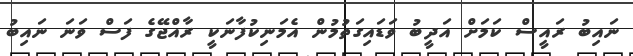
ނައިބު ރައީސް ކަމަށް އަދީބު ވަޑައިގަތުމުން އެމަނިކުފާނަކީ ރާއްޖޭގެ ފަސް ވަނަ ނައިބު